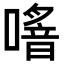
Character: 𠿌